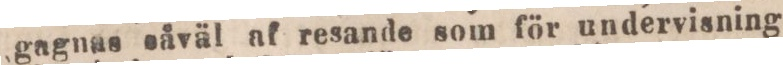
gagnas såväl af resande som för undervisning